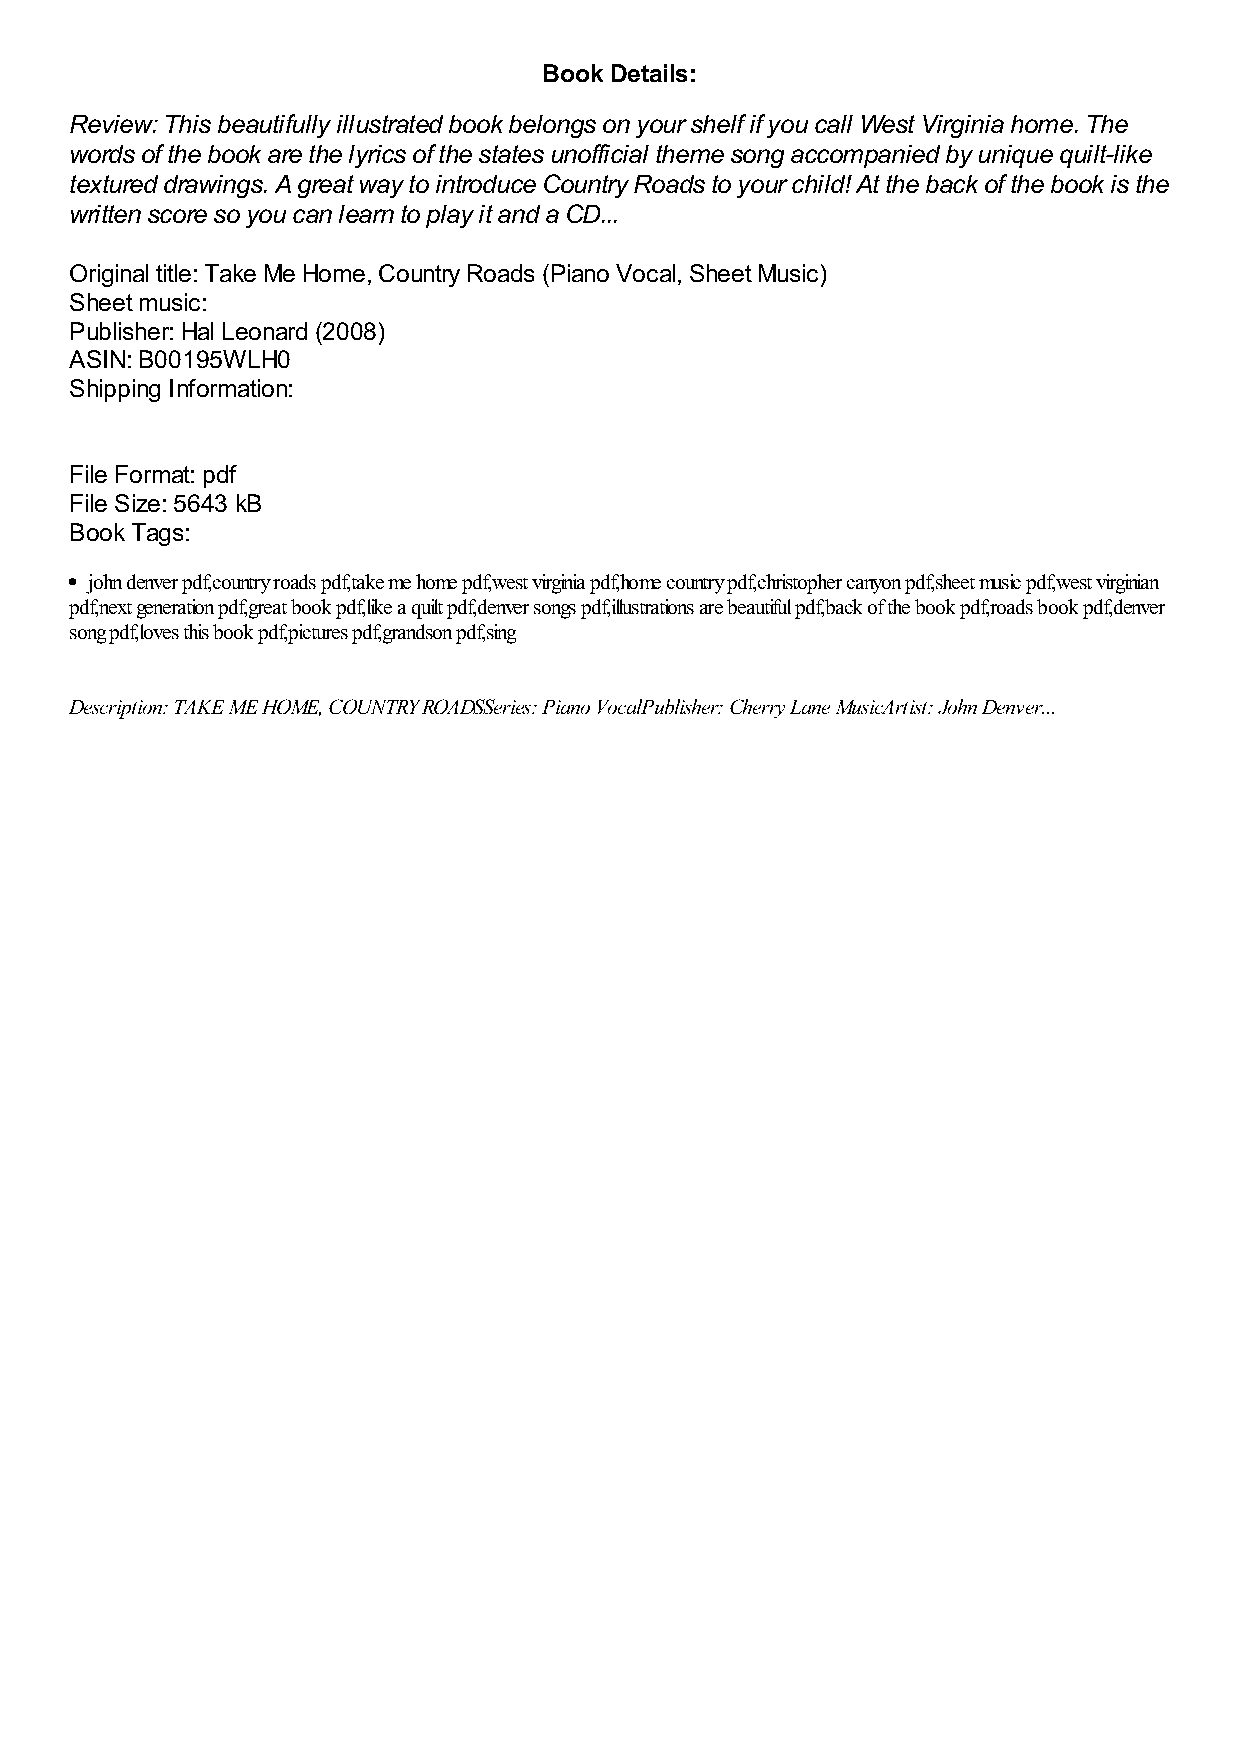
Book Details:
 Review: This beautifully illustrated book belongs on your shelf if you call West Virginia home. The
 words of the book are the lyrics of the states unofficial theme song accompanied by unique quilt-like
 textured drawings. A great way to introduce Country Roads to your child! At the back of the book is the
 written score so you can learn to play it and a CD...
 Original title: Take Me Home, Country Roads (Piano Vocal, Sheet Music)
 Sheet music:
 Publisher: Hal Leonard (2008)
 ASIN: B00195WLH0
 Shipping Information:
 File Format: pdf
 File Size: 5643 kB
 Book Tags:
 john denver pdf,country roads pdf,take me home pdf,west virginia pdf,home country pdf,christopher canyon pdf,sheet music pdf,west virginian
 pdf,next generation pdf,great book pdf,like a quilt pdf,denver songs pdf,illustrations are beautiful pdf,back of the book pdf,roads book pdf,denver
 song pdf,loves this book pdf,pictures pdf,grandson pdf,sing
 Description: TAKE ME HOME, COUNTRY ROADSSeries: Piano VocalPublisher: Cherry Lane MusicArtist: John Denver...